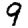
Digit: 9